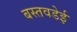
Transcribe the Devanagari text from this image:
बस्तवडेई